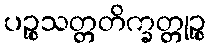
ပဉ္စသတ္တတိက္ခတ္တုဉ္စ